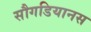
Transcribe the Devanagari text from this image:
सौगडियानस